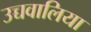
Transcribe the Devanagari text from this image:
उच्चवालिया